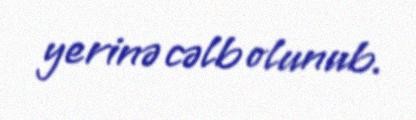
yerinə cəlb olunub.